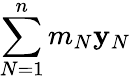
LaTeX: \sum_{N=1}^{n}m_{N}{\mathbf y}_{N}